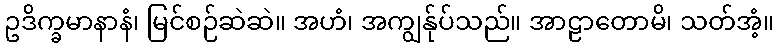
ဥဒိက္ခမာနာနံ၊ မြင်စဉ်ဆဲဆဲ။ အဟံ၊ အကျွန်ုပ်သည်။ အာဠာတောမိ၊ သတ်အံ့။